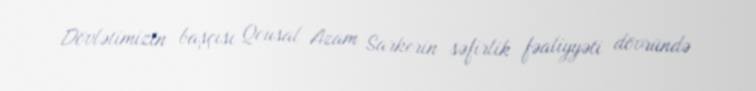
Dövlətimizin başçısı Qousal Azam Sarkerin səfirlik fəaliyyəti dövründə